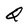
Character: Q